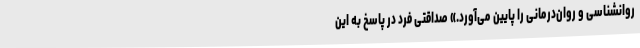
روانشناسی و روان‌درمانی را پایین می‌آورد.» صداقتی فرد در پاسخ به این